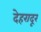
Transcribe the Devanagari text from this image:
देहरादूर